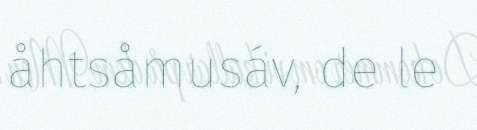
åhtsåmusáv, de le